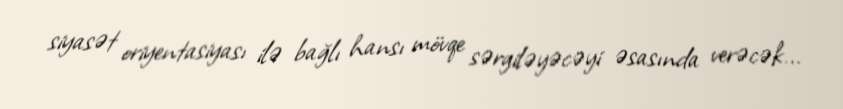
siyasət oriyentasiyası ilə bağlı hansı mövqe sərgiləyəcəyi əsasında verəcək...